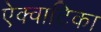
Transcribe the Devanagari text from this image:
ऐक्वाटिका